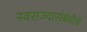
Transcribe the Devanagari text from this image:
स्वराज्यासंबंधीचे